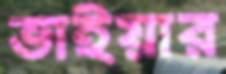
ভাইয়ার